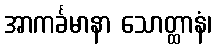
အာကင်္ခမာနာ သောတ္ထာနံ၊